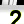
Digit: 2